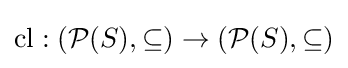
{\text{cl}}:({\mathcal {P}}(S),\subseteq )\to ({\mathcal {P}}(S),\subseteq )